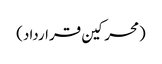
(محرکین قرارداد)